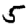
Digit: 5